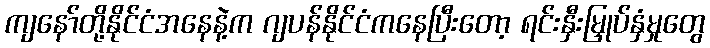
ကျနော်တို့နိုင်ငံအနေနဲ့က ဂျပန်နိုင်ငံကနေပြီးတော့ ရင်းနှီးမြှုပ်နှံမှုတွေ